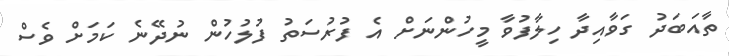
ތާއަބަދު ގަވާއިދާ ހިލާފުވާ މީހުންނަށް އެ ފުރުސަތު ފުލުހުން ނުދޭނެ ކަމަށް ވެސް